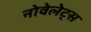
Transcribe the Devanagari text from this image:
नोवेलेट्स